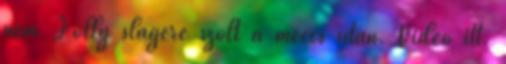
nem Jolly slágere szólt a meccs után. Videó itt.